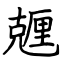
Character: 兣